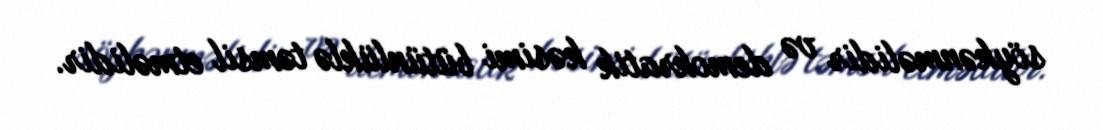
söykənməlidir və demokratik kəsimi bütünlüklə təmsil etməlidir.